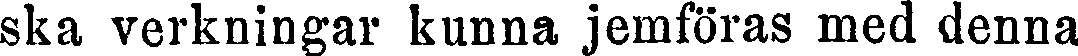
ska verkningar kunna jemföras med denna